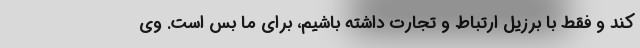
کند و فقط با برزیل ارتباط و تجارت داشته باشیم، برای ما بس است. وی